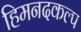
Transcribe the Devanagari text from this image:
हिमनदकल्प